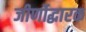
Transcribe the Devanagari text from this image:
जीर्णोद्धारक